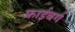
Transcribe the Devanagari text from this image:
फ्राईबर्ग